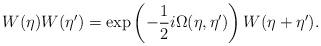
LaTeX: \begin{align*}W(\eta)W(\eta')=\exp\left(-\frac{1}{2}i\Omega(\eta,\eta')\right)W(\eta+\eta').\end{align*}